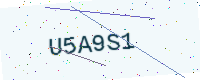
Text: U5A9S1